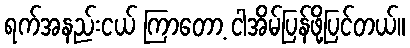
ရက်အနည်းငယ် ကြာတော့ ငါအိမ်ပြန်ဖို့ပြင်တယ်။